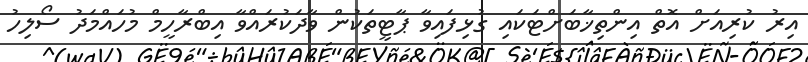
އިރު ކުރިއަށް އޮތް އިންތިޚާބަށްޓަކައި ގުޅިފައިވާ ޕާޓީތަކުން ވާދަކުރައްވާ އިބްރާހީމް މުހައްމަދު ސޯލިހު